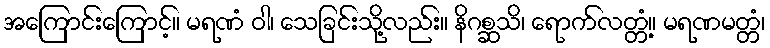
အကြောင်းကြောင့်။ မရဏံ ဝါ၊ သေခြင်းသို့လည်း။ နိဂစ္ဆသိ၊ ရောက်လတ္တံ့။ မရဏမတ္တံ၊